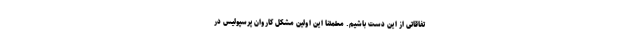
تفاقاتی از این دست باشیم. مطمئنا این اولین مشکل کاروان پرسپولیس در